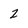
Character: 2